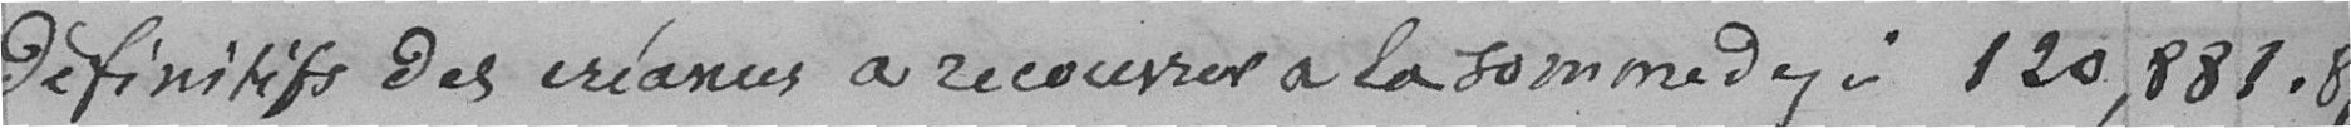
définitifs des créances à recouvrir à la somme de :    120.881,87